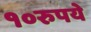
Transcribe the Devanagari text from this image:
१०रुपये